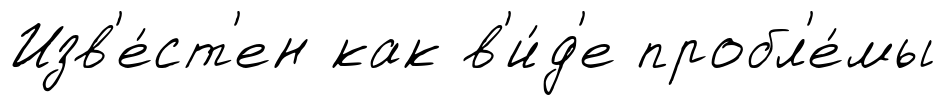
Изв'е́ст'ен как в'и́д'е пробл'е́мы